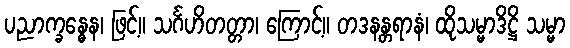
ပညာက္ခန္ဓေန၊ ဖြင့်။ သင်္ဂဟိတတ္တာ၊ ကြောင့်။ တဒနန္တရာနံ၊ ထိုသမ္မာဒိဋ္ဌိ သမ္မာ